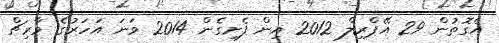
އެގޮތުން 29 އޭޕްރިލް 2012 އިން ފެށިގެން 2014 ވަނަ އަހަރުގެ މާރިޗް